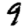
Digit: 9